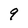
Character: 9